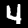
Label: 4